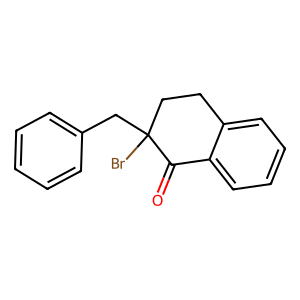
SMILES: O=C1c2ccccc2CCC1(Br)Cc1ccccc1
Inhibits HIV replication: No